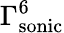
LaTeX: \Gamma_{\mathrm{sonic}}^{6}